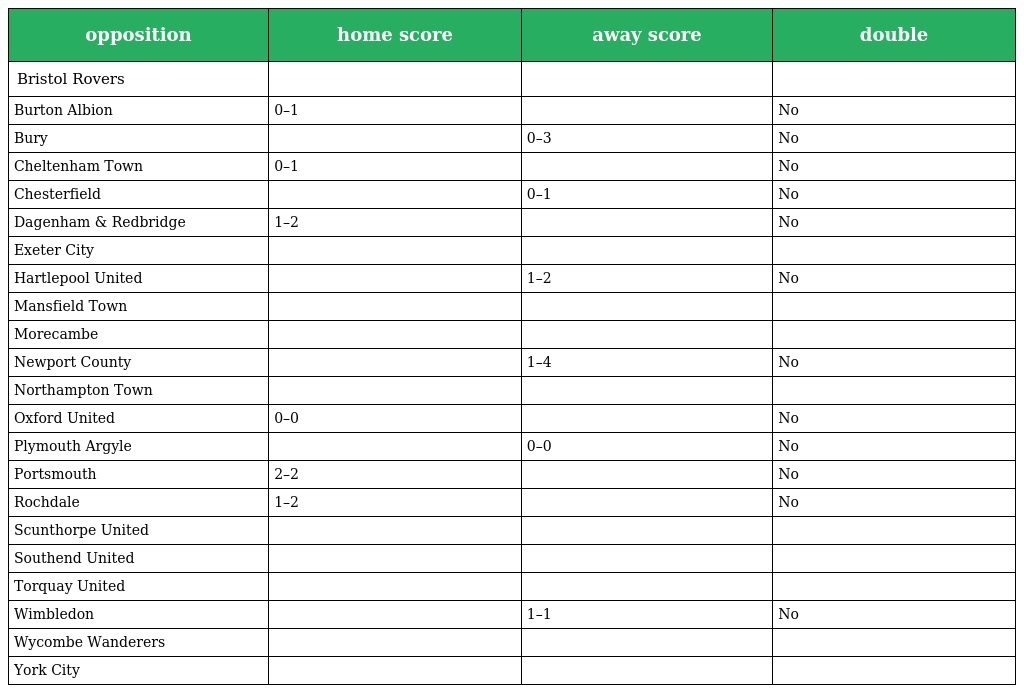
| opposition | home score | away score | double |
 | --- | --- | --- | --- |
 | Bristol Rovers |  |  |  |
 | Burton Albion | 0–1 |  | No |
 | Bury |  | 0–3 | No |
 | Cheltenham Town | 0–1 |  | No |
 | Chesterfield |  | 0–1 | No |
 | Dagenham & Redbridge | 1–2 |  | No |
 | Exeter City |  |  |  |
 | Hartlepool United |  | 1–2 | No |
 | Mansfield Town |  |  |  |
 | Morecambe |  |  |  |
 | Newport County |  | 1–4 | No |
 | Northampton Town |  |  |  |
 | Oxford United | 0–0 |  | No |
 | Plymouth Argyle |  | 0–0 | No |
 | Portsmouth | 2–2 |  | No |
 | Rochdale | 1–2 |  | No |
 | Scunthorpe United |  |  |  |
 | Southend United |  |  |  |
 | Torquay United |  |  |  |
 | Wimbledon |  | 1–1 | No |
 | Wycombe Wanderers |  |  |  |
 | York City |  |  |  |